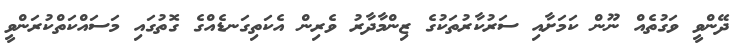
ދޭންވީ ވަގުތެއް ނޫން ކަމަށާއި ސަރުކާރުތަކުގެ ޒިންމާދާރު ވެރިން އެކަތިގަނޑެއްގެ ގޮތުގައި މަސައްކަތްކުރަންވީ